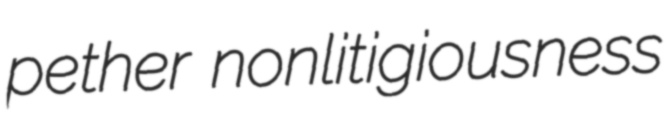
pether nonlitigiousness